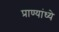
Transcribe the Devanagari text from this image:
प्राण्यांध्ये